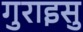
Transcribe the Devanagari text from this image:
गुराइसु